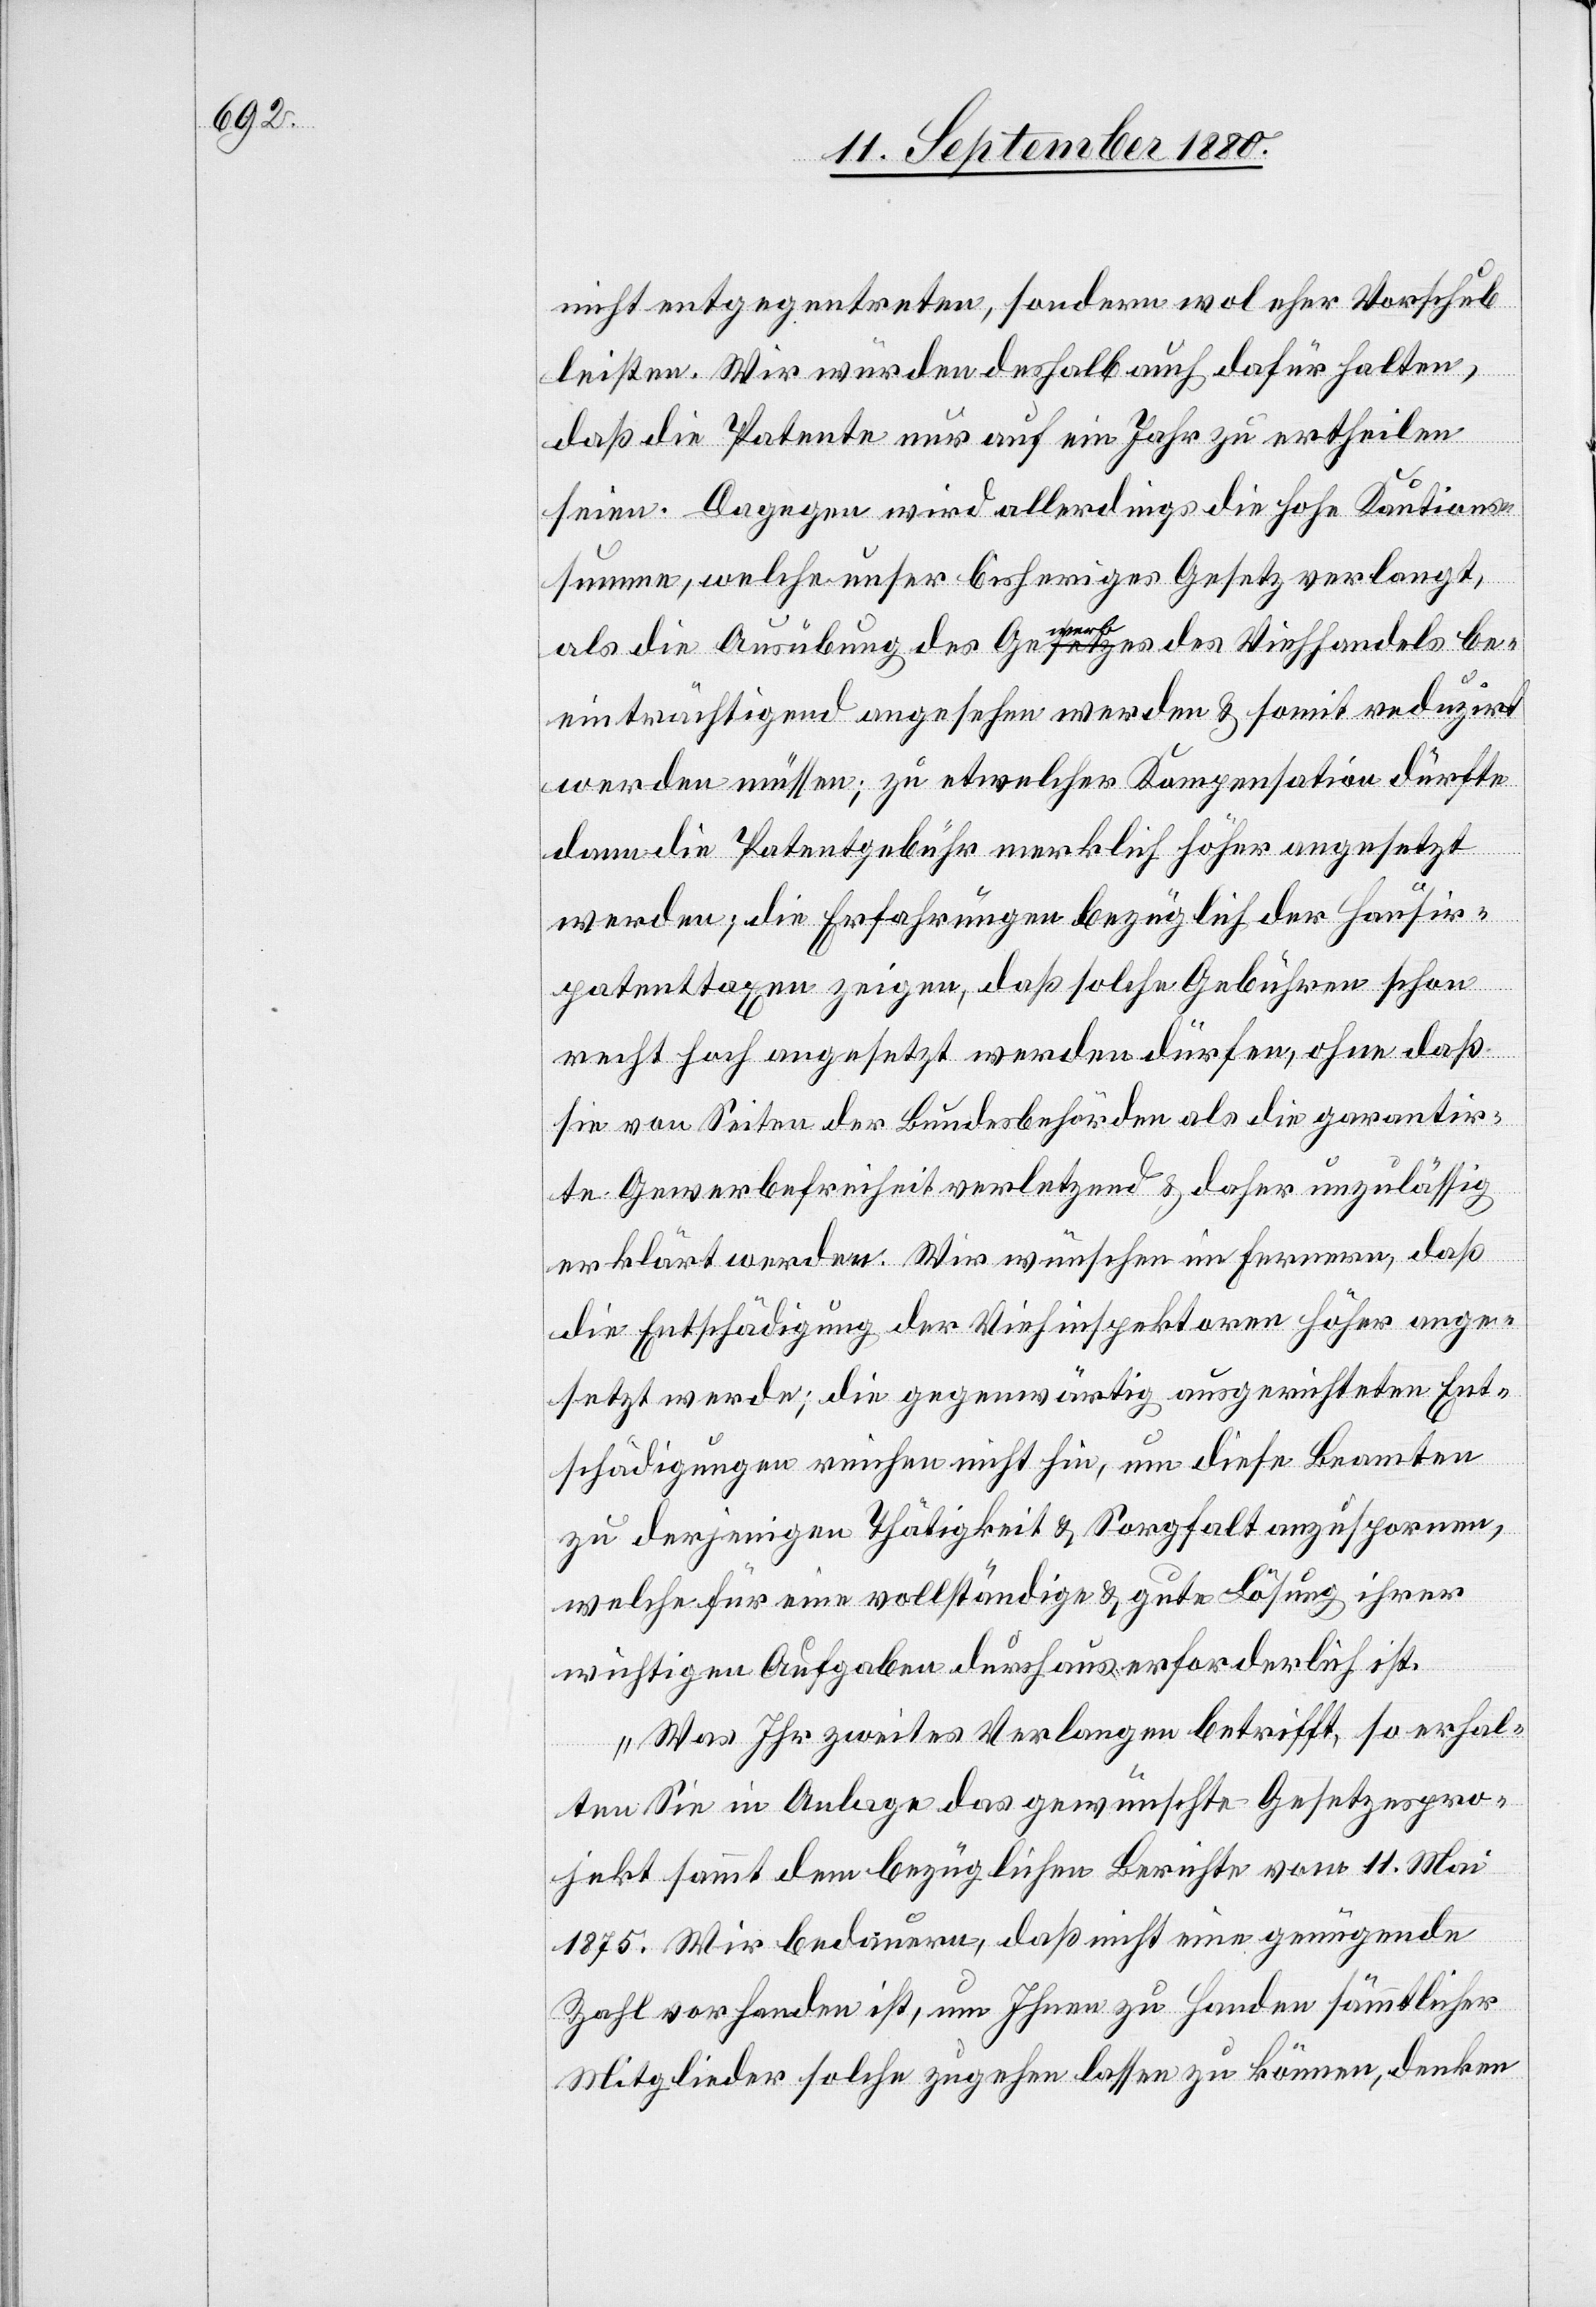
nicht entgegentreten, sondern wol eher Vorschub
leisten. Wir würden deshalb auch dafür halten,
daß die Patente nur auf ein Jahr zu ertheilen
seien. Dagegen wird allerdings die hohe Kautions¬
summe, welche unser bisheriges Gesetz verlangt,
als die Ausübung des Gewerbes des Viehhandels be¬
einträchtigend angesehen werden & somit reduzirt
werden müssen; zu etwecher Kompensation dürfte
dann die Patentgebühr merklich höher angesetzt
werden; die Erfahrungen bezüglich der Hausir¬
patenttaxen zeigen, daß solche Gebühren schon
recht hoch angesetzt werden dürfen, ohne daß
sie von Seiten der Bundesbehörden als die garantir¬
te Gewerbefreiheit verletzend & daher unzulässig
erklärt werden. Wir wünschen im Fernern, daß
die Entschädigung der Viehinspektoren höher ange¬
setzt werde; die gegenwärtig ausgerichteten Ent¬
schädigungen reichen nicht hin, um diese Beamten
zu derjenigen Thätigkeit & Sorgfalt anzuspornen,
welche für eine vollständige & gute Lösung ihrer
richtigen Aufgaben durchaus erforderlich ist.
Was Ihr zweites Verlangen betrifft, so erhal¬
ten Sie in Anlage das gewünschte Gesetzespro¬
jekt sammt dem bezüglichen Berichte vom 11. Mai
1875. Wir bedauern, daß nicht eine genügende
Zahl vorhanden ist, um Ihnen zu Handen sämmlticher
Mitglieder solche zugehen lassen zu können, denken